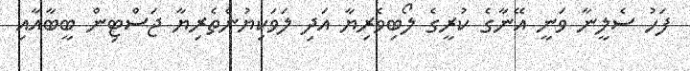
ފަހު ސެލީނާ ވަނީ އޭނާގެ ކުރީގެ ލޯބިވެރިޔާ އަދި ލަވަކިޔުންތެރިޔާ ޖަސްޓިން ބީބާއާއި